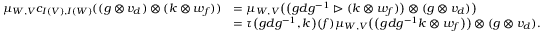
\begin{array} { r l } { \mu _ { W , V } c _ { I ( V ) , I ( W ) } ( ( g \otimes v _ { d } ) \otimes ( k \otimes w _ { f } ) ) } & { = \mu _ { W , V } \big ( \big ( g d g ^ { - 1 } \vartriangleright ( k \otimes w _ { f } ) \big ) \otimes ( g \otimes v _ { d } ) \big ) } \\ & { = \tau \big ( g d g ^ { - 1 } , k \big ) ( f ) \mu _ { W , V } \big ( \big ( g d g ^ { - 1 } k \otimes w _ { f } \big ) \big ) \otimes ( g \otimes v _ { d } ) . } \end{array}